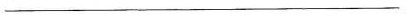
________________________________________